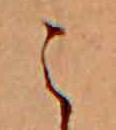
こ